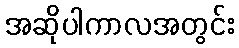
အဆိုပါကာလအတွင်း